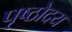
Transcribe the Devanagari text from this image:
पृष्ठोदय